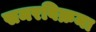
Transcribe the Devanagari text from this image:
समरविक्रमा